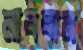
নাববার